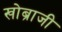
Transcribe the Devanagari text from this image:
खोब्राजी